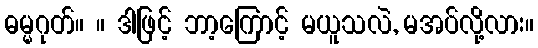
ဓမ္မဂုတ်။ ။ ဒါဖြင့် ဘာ့ကြောင့် မယူသလဲ, မအပ်လို့လား။